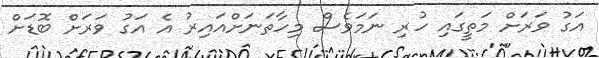
އަގު ވަރަށް މަތީގައި ހުރި ނަމަވެސް މިހާތަނަށްއައިރު އެ އަގު ވަރަށް ބޮޑަށް